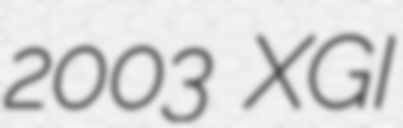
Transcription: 2003 XGI